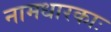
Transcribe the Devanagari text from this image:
नामधारकाः